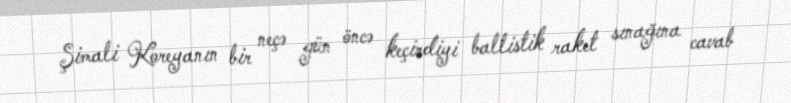
Şimali Koreyanın bir neçə gün öncə keçirdiyi ballistik raket sınağına cavab